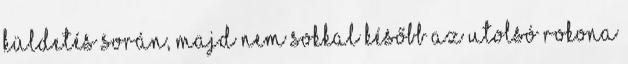
küldetés során, majd nem sokkal később az utolsó rokona